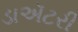
ડાઍટરી